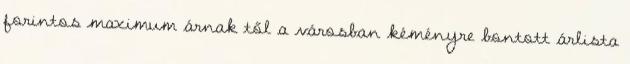
forintos maximum árnak től a városban kéményre bontott árlista